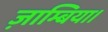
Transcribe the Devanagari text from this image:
ज़ाम्बिया।